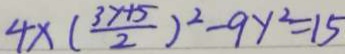
4 \times ( \frac { 3 y + 5 } { 2 } ) ^ { 2 } - 9 y ^ { 2 } = 1 5